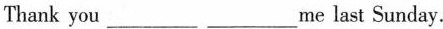
Thank you ___ ___me last Sunday.